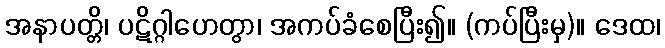
အနာပတ္တိ၊ ပဋိဂ္ဂါဟေတွာ၊ အကပ်ခံစေပြီး၍။ (ကပ်ပြီးမှ)။ ဒေထ၊